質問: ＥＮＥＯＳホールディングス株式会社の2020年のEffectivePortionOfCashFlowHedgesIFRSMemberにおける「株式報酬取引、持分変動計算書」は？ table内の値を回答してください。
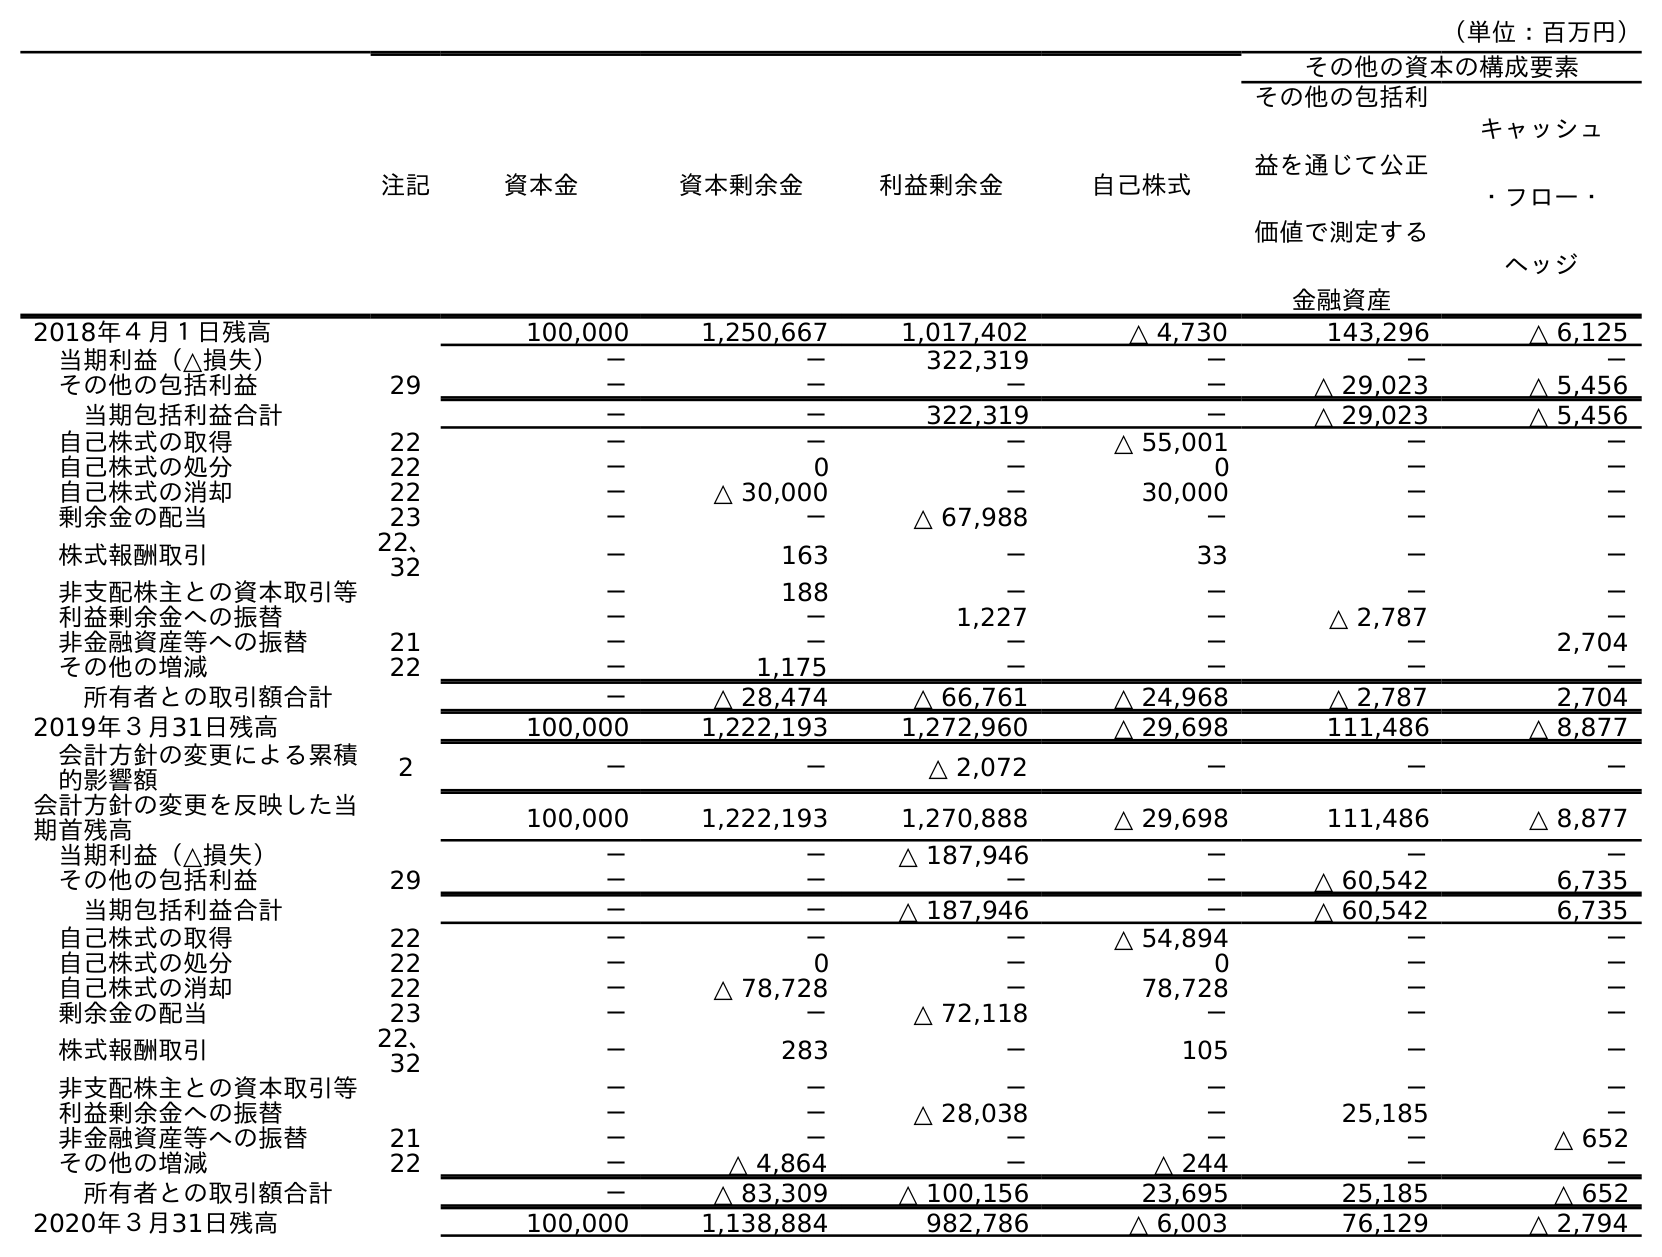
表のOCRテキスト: （単位：百万円） 注記 資本金 資本剰余金 利益剰余金 自己株式 その他の資本の構成要素 その他の包括利 益を通じて公正 価値で測定する 金融資産 キャッシュ ・フロー・ ヘッジ 2018年４月１日残高 100,000 1,250,667 1,017,402 △ 4,730 143,296 △ 6,125 当期利益（△損失） － － 322,319 － － － その他の包括利益 29 － － － － △ 29,023 △ 5,456 当期包括利益合計 － － 322,319 － △ 29,023 △ 5,456 自己株式の取得 22 － － － △ 55,001 － － 自己株式の処分 22 － 0 － 0 － － 自己株式の消却 22 － △ 30,000 － 30,000 － － 剰余金の配当 23 － － △ 67,988 － － － 株式報酬取引 22、 32 － 163 － 33 － － 非支配株主との資本取引等 － 188 － － － － 利益剰余金への振替 － － 1,227 － △ 2,787 － 非金融資産等への振替 21 － － － － － 2,704 その他の増減 22 － 1,175 － － － － 所有者との取引額合計 － △ 28,474 △ 66,761 △ 24,968 △ 2,787 2,704 2019年３月31日残高 100,000 1,222,193 1,272,960 △ 29,698 111,486 △ 8,877 会計方針の変更による累積 的影響額 2 － － △ 2,072 － － － 会計方針の変更を反映した当 期首残高 100,000 1,222,193 1,270,888 △ 29,698 111,486 △ 8,877 当期利益（△損失） － － △ 187,946 － － － その他の包括利益 29 － － － － △ 60,542 6,735 当期包括利益合計 － － △ 187,946 － △ 60,542 6,735 自己株式の取得 22 － － － △ 54,894 － － 自己株式の処分 22 － 0 － 0 － － 自己株式の消却 22 － △ 78,728 － 78,728 － － 剰余金の配当 23 － － △ 72,118 － － － 株式報酬取引 22、 32 － 283 － 105 － － 非支配株主との資本取引等 － － － － － － 利益剰余金への振替 － － △ 28,038 － 25,185 － 非金融資産等への振替 21 － － － － － △ 652 その他の増減 22 － △ 4,864 － △ 244 － － 所有者との取引額合計 － △ 83,309 △ 100,156 23,695 25,185 △ 652 2020年３月31日残高 100,000 1,138,884 982,786 △ 6,003 76,129 △ 2,794
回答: －